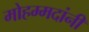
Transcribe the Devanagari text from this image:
मोहम्मदांनी